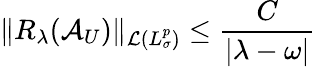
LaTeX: \Vert R_{\lambda}(\mathcal{A}_{U})\Vert_{\mathcal{L}(L_{\sigma}^{p})}\leq\frac{C}{|\lambda-\omega|}